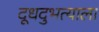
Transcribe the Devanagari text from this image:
दूधदुभत्याला